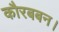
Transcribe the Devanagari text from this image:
कौरबबन।